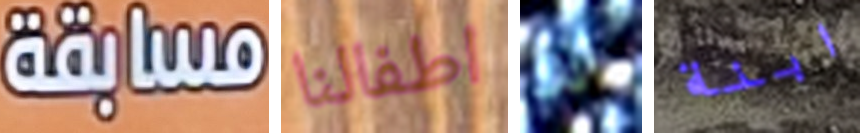
مسابقة اطفالنا أنك ابنة